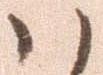
ハ